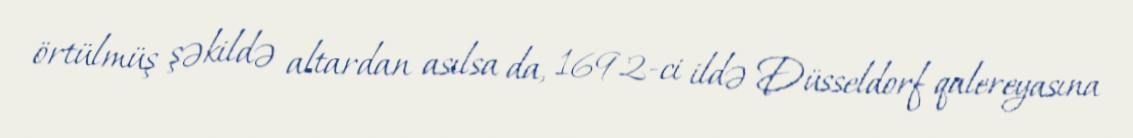
örtülmüş şəkildə altardan asılsa da, 1692-ci ildə Düsseldorf qalereyasına